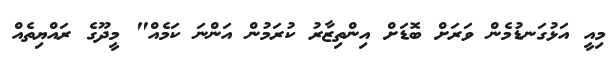
މިއީ އަޅުގަނޑުމެން ވަރަށް ބޮޑަށް އިންތިޒާރު ކުރަމުން އަންނަ ކަމެއް" މީދޫގެ ރައްޔިތެއް